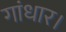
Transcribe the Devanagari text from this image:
गांधार।